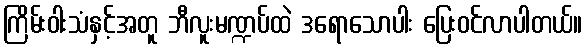
ကြိမ်းဝါးသံနှင့်အတူ ဘီလူးမဏ္ဍပ်ထဲ ဒရောသောပါး ပြေးဝင်လာပါတယ်။